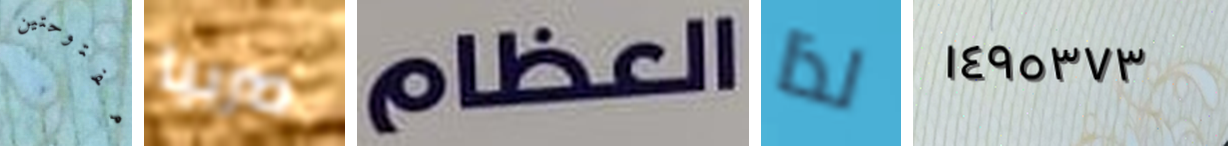
مفتوحتين صربيا العظام لذا ١٤٩٥٣٧٣